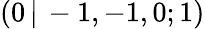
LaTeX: (0\, |\, -1,-1,0;1)